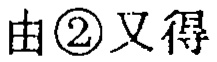
由\textcircled{2}又得